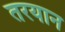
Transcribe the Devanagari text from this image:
तरयान